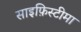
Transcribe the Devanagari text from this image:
साइफ़िस्टीमा